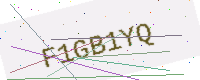
Text: F1GB1YQ